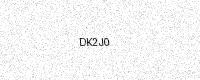
Text: DK2J0